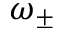
\omega _ { \pm }